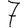
Digit: 7